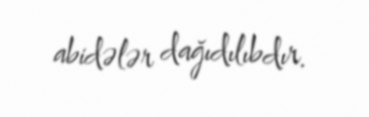
abidələr dağıdılıbdır.